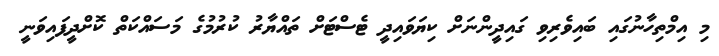
މި އިމްތިހާނުގައި ބައިވެރިވި ގައިދީންނަށް ކިޔަވައިދީ ޓެސްޓަށް ތައްޔާރު ކުރުމުގެ މަސައްކަތް ކޮށްދީފައިވަނީ